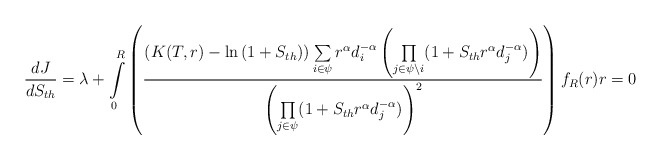
\begin{align*}\frac{dJ}{dS_{th}}=\lambda+\int\limits_{0}^{R}\left(\frac{\left(K(T,r)-\ln{(1+S_{th})}\right)\sum\limits_{i\in \psi}r^\alpha d_i^{-\alpha}\left ( \underset{j \in \psi\setminus i}\prod{(1+S_{th} r^\alpha d_j^{-\alpha}})\right)}{\left(\underset{j \in \psi}\prod{(1+S_{th} r^\alpha d_j^{-\alpha})}\right)^2}\right)f_R(r)r=0\end{align*}